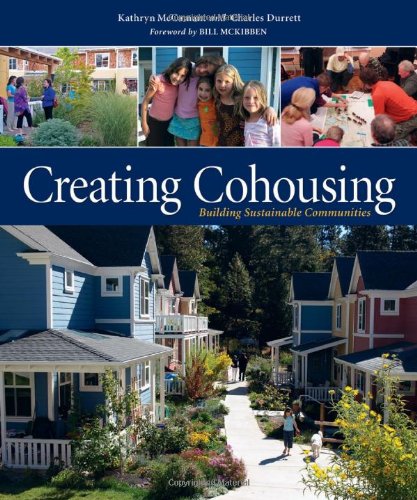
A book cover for Creating Cohousing: Building Sustainable Communities; Kathryn McCamant; Crafts, Hobbies & Home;